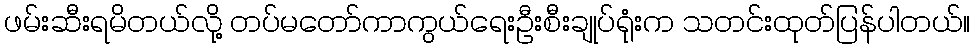
ဖမ်းဆီးရမိတယ်လို့ တပ်မတော်ကာကွယ်ရေးဦးစီးချုပ်ရုံးက သတင်းထုတ်ပြန်ပါတယ်။